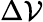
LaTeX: \Delta\mathcal{V}